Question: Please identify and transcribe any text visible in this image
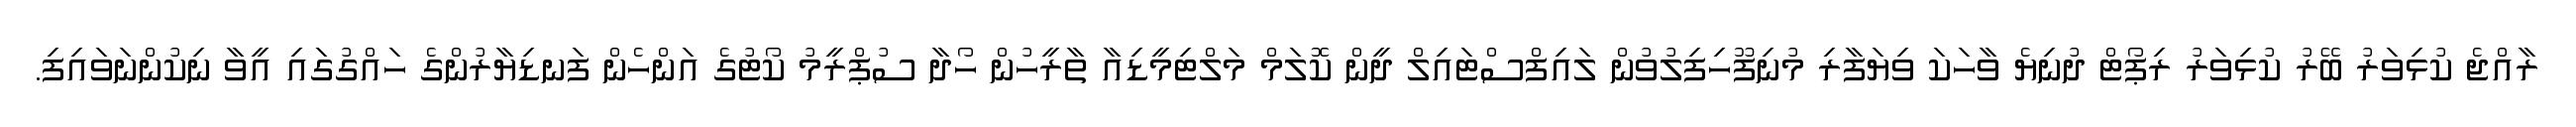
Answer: ރާއްޖެ ކުޅިވަރު ބޭރު ކުޅިވަރު ރިޕޯޓް ދުނިޔެ ވާހަކަ ވިޔަފާރި މުނިފޫހިފިލުވުން ލައިފްސްޓައިލް ދީން ކޮލަމް މަލްޓިމީޑިއާ ތާރީހުން ހޯދާ ސުޕްރީމު ކޯޓުގެ އަންހެން ފަނޑިޔާރުންގެ ހައްގުގައި އީވާ ނިކުންނަވައިފި.